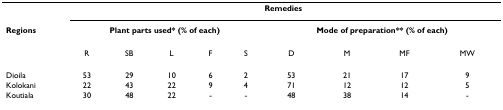
<table><thead><tr><td></td><td colspan="9"><b>Remedies</b></td></tr><tr><td><b>Regions</b></td><td colspan="5"><b>Plant parts used* (% of each)</b></td><td colspan="4"><b>Mode of preparation** (% of each)</b></td></tr><tr><td></td><td><b>R</b></td><td><b>SB</b></td><td><b>L</b></td><td><b>F</b></td><td><b>S</b></td><td><b>D</b></td><td><b>M</b></td><td><b>MF</b></td><td><b>MW</b></td></tr></thead><tbody><tr><td>Dioila</td><td>53</td><td>29</td><td>10</td><td>6</td><td>2</td><td>53</td><td>21</td><td>17</td><td>9</td></tr><tr><td>Kolokani</td><td>22</td><td>43</td><td>22</td><td>9</td><td>4</td><td>71</td><td>12</td><td>12</td><td>5</td></tr><tr><td>Koutiala</td><td>30</td><td>48</td><td>22</td><td>-</td><td>-</td><td>48</td><td>38</td><td>14</td><td>-</td></tr></tbody></table>